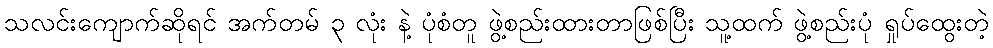
သလင်းကျောက်ဆိုရင် အက်တမ် ၃ လုံး နဲ့ ပုံစံတူ ဖွဲ့စည်းထားတာဖြစ်ပြီး သူ့ထက် ဖွဲ့စည်းပုံ ရှုပ်ထွေးတဲ့